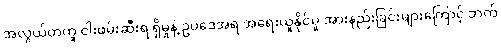
အလွယ်တကူ ငါးဖမ်းဆီးရ ရှိမှုနဲ့ ဥပဒေအရ အရေးယူနိုင်မှု အားနည်းခြင်းများကြောင့် ဘက်